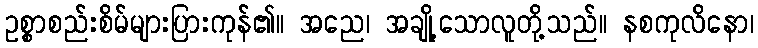
ဥစ္စာစည်းစိမ်များပြားကုန်၏။ အညေ၊ အချို့သောလူတို့သည်။ နစကုလိနော၊